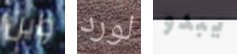
واين لورد يبدو